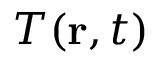
T ( \mathbf { r } , t )